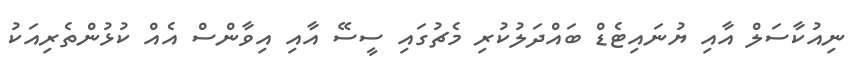
ނިއުކާސަލް އާއި ޔުނައިޓެޑް ބައްދަލުކުރި މެޗުގައި ސީސޭ އާއި އިވާންސް އެއް ކުޅުންތެރިއަކު